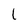
Character: l